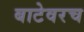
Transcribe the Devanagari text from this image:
बाटेवरच